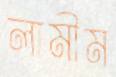
লামীম